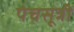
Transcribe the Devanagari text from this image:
पंचसूत्री